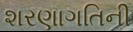
શરણાગતિની